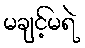
မချင့်မရဲ